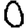
Digit: 0